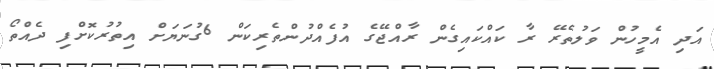
އަދި އެމީހުން ވަލުތެރޭ ރާ ކައްކައިގެން ރާއްޖޭގެ އުފެއްދުންތެރިކަން 6ގުނަޔަށް އިތުރުކޮށްފި ދެއްތޯ